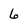
Character: 6